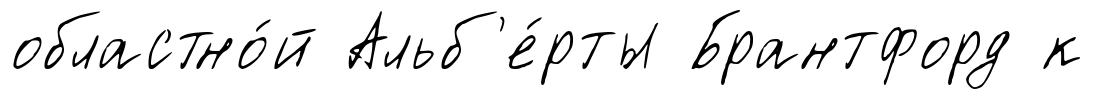
областно́й Альб'е́рты Брантфорд к